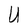
Character: U